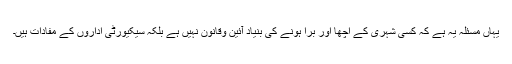
یہاں مسئلہ یہ ہے کہ کسی شہری کے اچھا اور برا ہونے کی بنیاد آئین وقانون نہیں ہے بلکہ سیکیورٹی اداروں کے مفادات ہیں۔